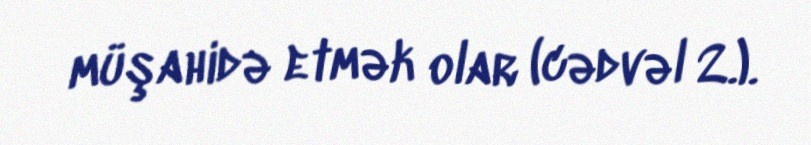
müşahidə etmək olar (cədvəl 2.).